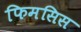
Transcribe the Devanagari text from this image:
फिमसिस